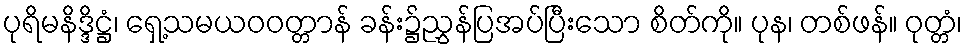
ပုရိမနိဒ္ဒိဋ္ဌံ၊ ရှေ့သမယဝဝတ္တာန် ခန်း၌ညွှန်ပြအပ်ပြီးသော စိတ်ကို။ ပုန၊ တစ်ဖန်။ ဝုတ္တံ၊